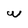
Character: w